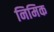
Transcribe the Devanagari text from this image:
निमिक